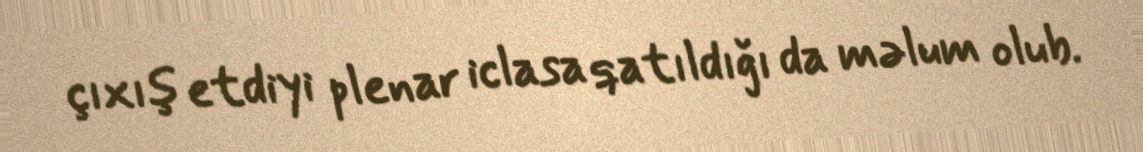
çıxış etdiyi plenar iclasa qatıldığı da məlum olub.